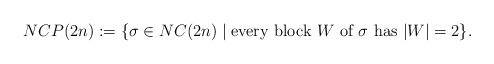
LaTeX: \begin{align*}NCP(2n) := \{ \sigma \in NC(2n) \mid \mbox{every block $W$ of $\sigma$ has $|W| = 2$} \}.\end{align*}